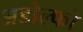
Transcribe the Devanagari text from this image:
अडोल्फो